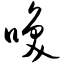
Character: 唤